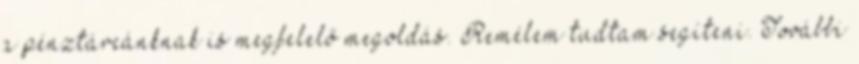
a pénztárcánknak is megfelelő megoldás. Remélem tudtam segíteni. További